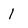
Character: 1